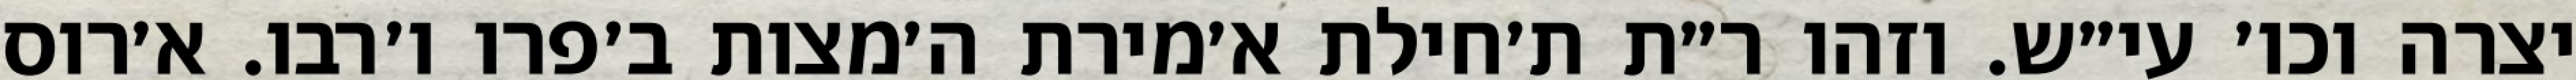
יצרה וכו׳ עי״ש. וזהו ר״ת ת׳חילת א׳מירת ה׳מצות ב׳פרו ו׳רבו. א׳רוס